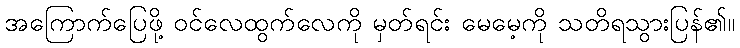
အကြောက်ပြေဖို့ ဝင်လေထွက်လေကို မှတ်ရင်း မေမေ့ကို သတိရသွားပြန်၏။